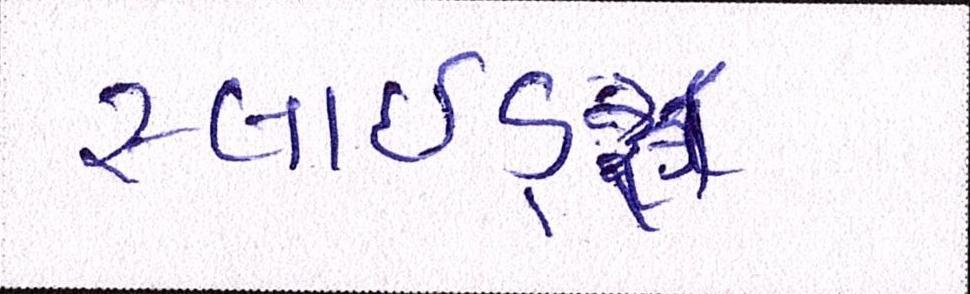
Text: સ્લાઇડ્સ